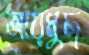
আয়মুছ